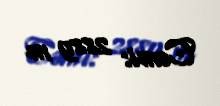
Cəmi: 2889 m